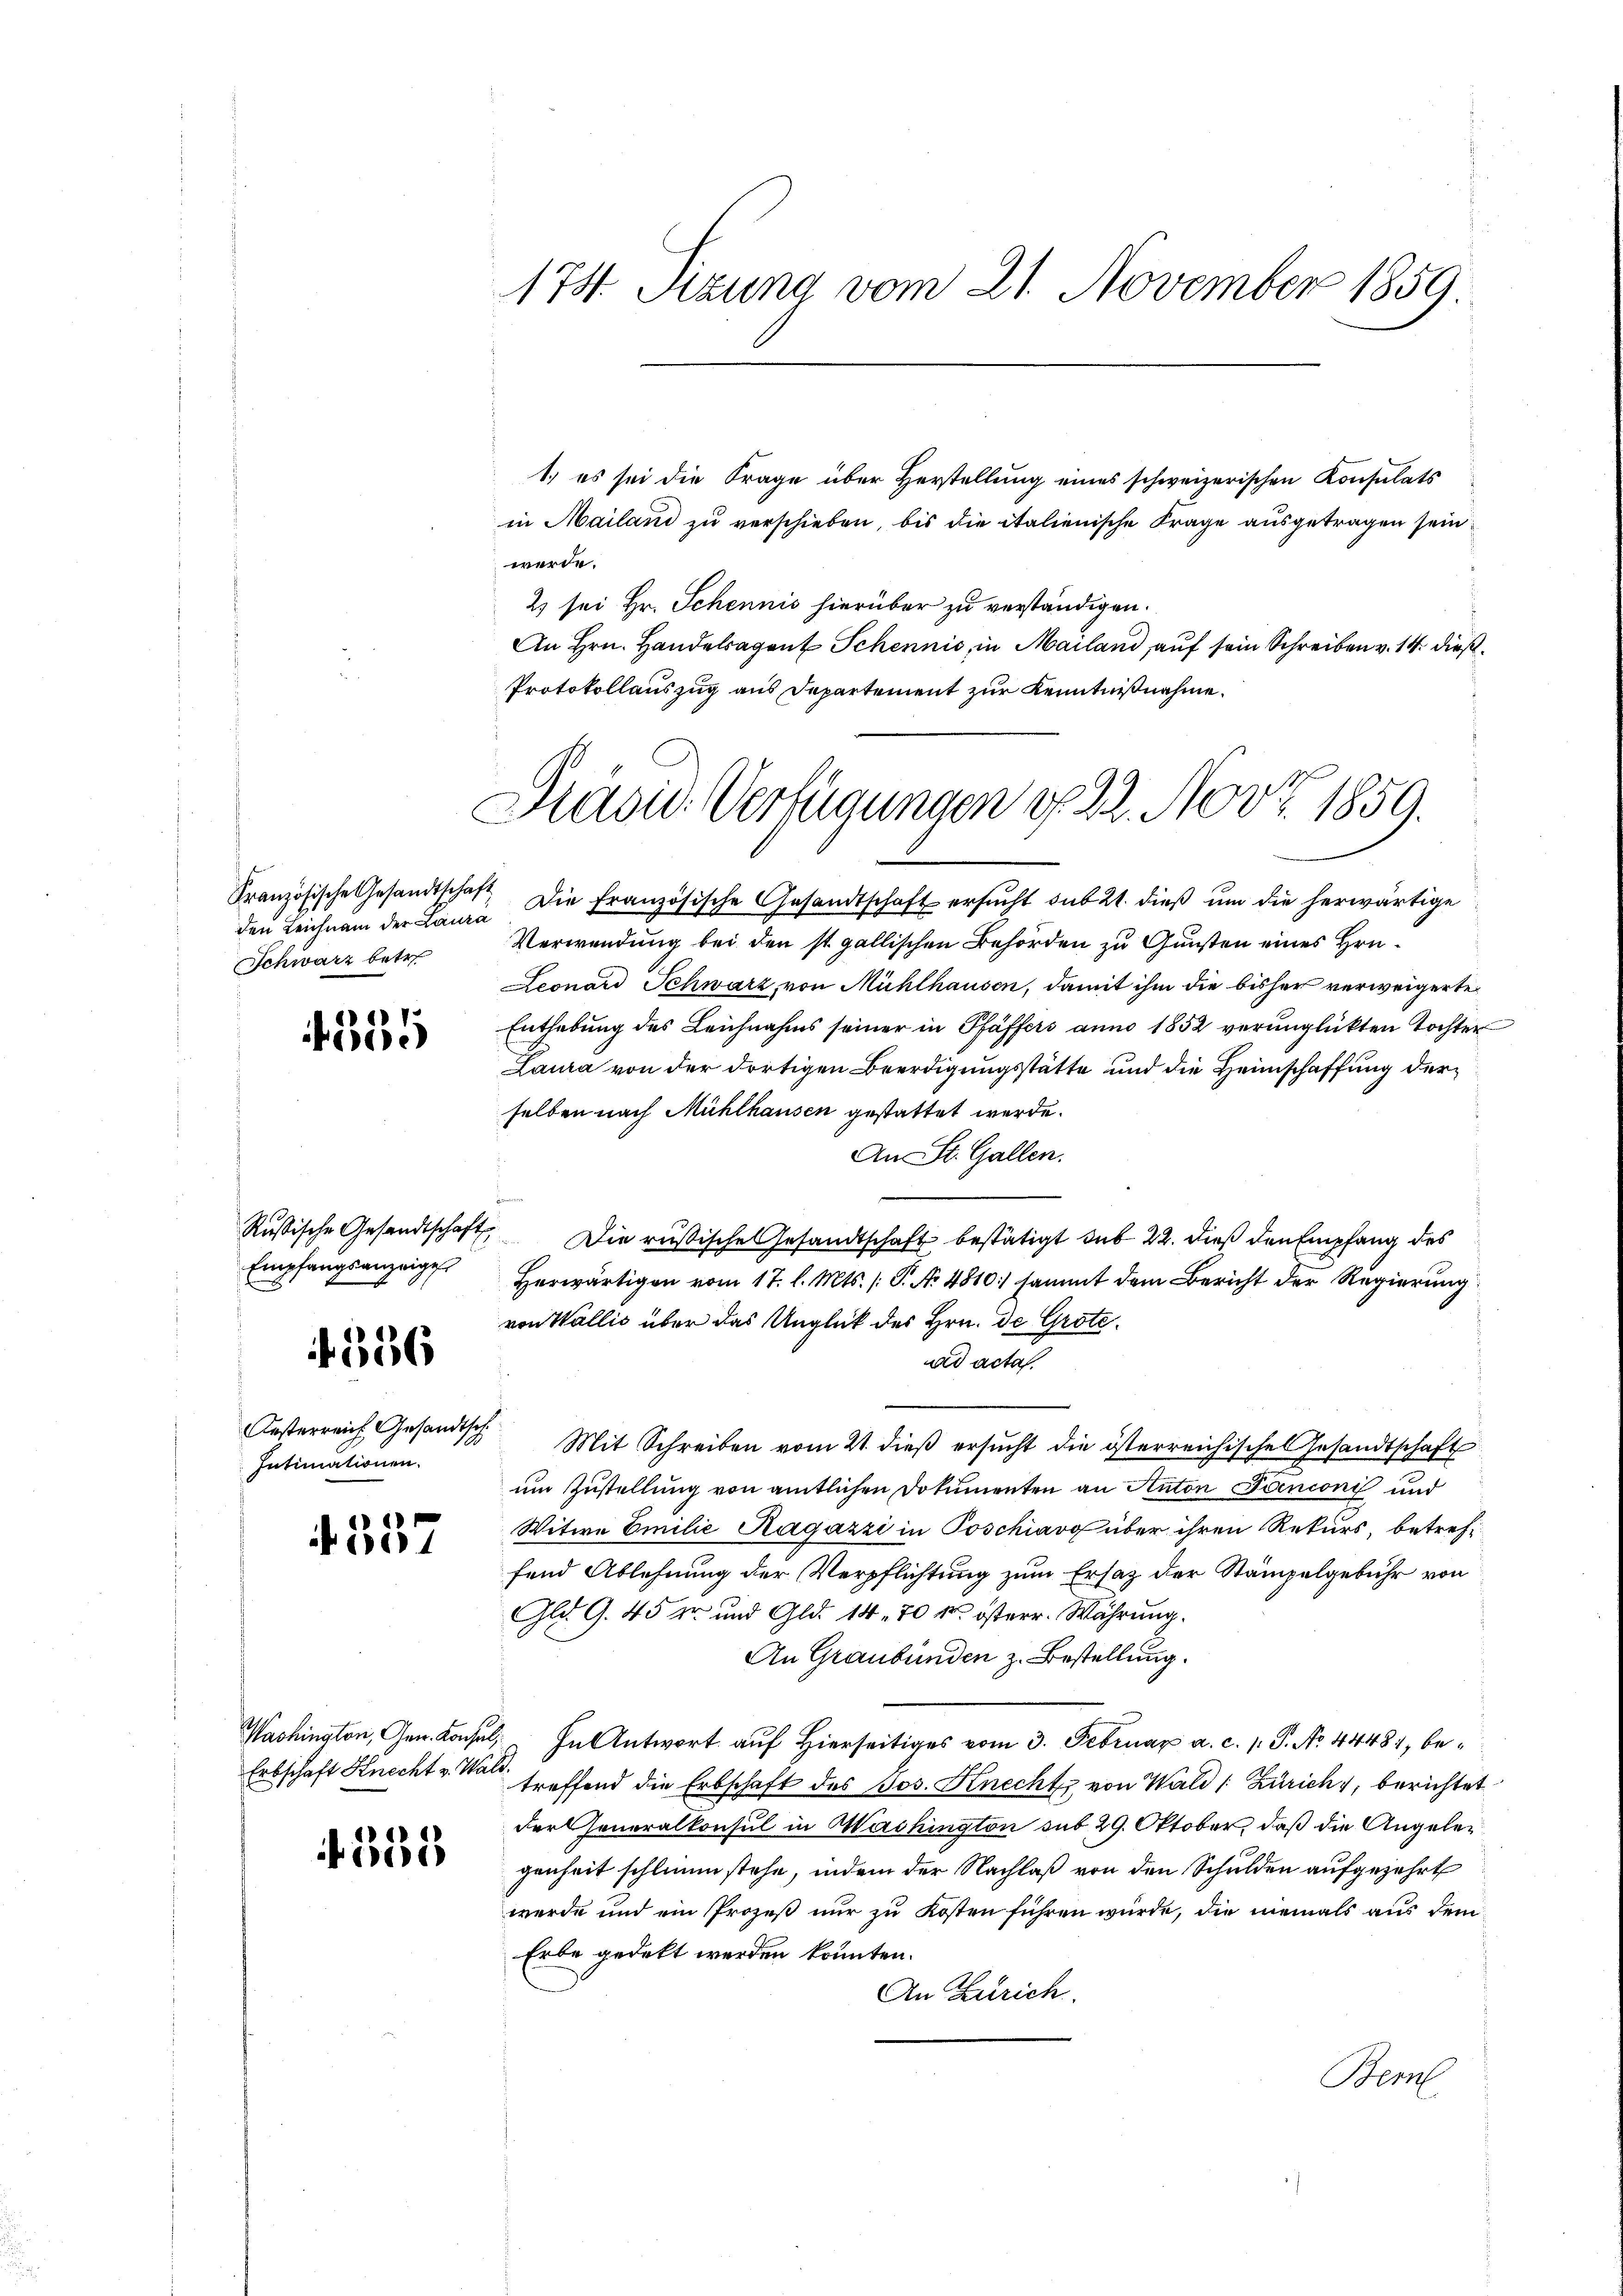
den Leichnam der Laura
Schwarz betr.

e
e

Rußische Gesandtschafts
Empfangsanzeige

556

Aesterreich Gesandtsch
Intimationen.

557

Erbschaft Knecht v. Wald.

153

174. Sitzung vom 21. November 1859.

werde.
2) sei Hr. Schennis hierüber zu verständigen.
An Hrn. Handelsagent Schennis, in Mailand, auf sein Schreiben v. 14. dieß¬
Protokollauszug aus Departement zur Kenntnißnahme.
Französische Gesandtschaft die französische Gesandtschaft ersŭcht sub 21. dieβ ŭm die herwärtige
Verwendung bei den ist gallischen Behörden zu Gunsten eines Hrn.
Leonard Schwarz von Mühlhausen, damit ihm die bisher verweigerte
Enthebung des Leichnahms seiner in Pfäffers anno 1852 verunglückten Tochter
Laura von der dortigen Beerdigungsstätte und die Heimschaffung der
selben nach Mühlhausen gestattet werde.
An St. Gallen.
Die rußische Gesandtschaft bestätigt sub 22. dieß den Empfang des
Herwärtigen vom 17. l. Mts. (T. No 4810:) sammt dem Bericht der Regierung
von Wallić über das Unglück des Hrn. De Grotead acta.
Mit Schreiben vom 21. dieß ersucht die österreichisches Gesandtschaft
um Zustellung von amtlichen Dokumenten an Anton Panioni und
Witwe Emilie Ragazzi in Poschiavo über ihren Rekurs, betreffend Ablehnung der Verpflichtung zum Ersatz der Stämpelgebühr von
Gld. G. 45 Xr und Gld. 14. 70 k. österr. Währung.
An Graubünden z. Bestellung.
Washington, Gen. Konsul, In Antwort auf Hierseitiges vom 3. Februar a. c. 1. P. No. 44481, betreffend die Erbschaft des Jos. Knecht von Wald (Zürich, berichtet
der Generalkonsul in Washington sub 29. Oktober, daß die Angelegenheit schlimm stehe, indem der Nachlaß von den Schulden aufgezehrt
werde und ein Prozeß nur zu Kosten führen würde, die niemals aus dem
Erbe gedekt werden könnten.
An Zürich.
Bem

1.) es sei die Frage über Herstellung eines schweizerischen Konsulats
in Mailand zu verschieben, bis die italienische Frage ausgetragen sein

Pravić-Verfügungen d. 22. Nov. 1859.